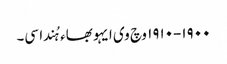
١٩٠٠-١٩١٠ وچ وی ایہو بھاء ہُندا سی۔